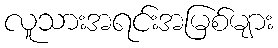
လူသားအရင်းအမြစ်များ